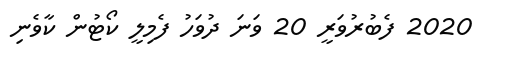
2020 ފެބުރުވަރީ 20 ވަނަ ދުވަހު ފެމިލީ ކޯޓުން ކާވެނި